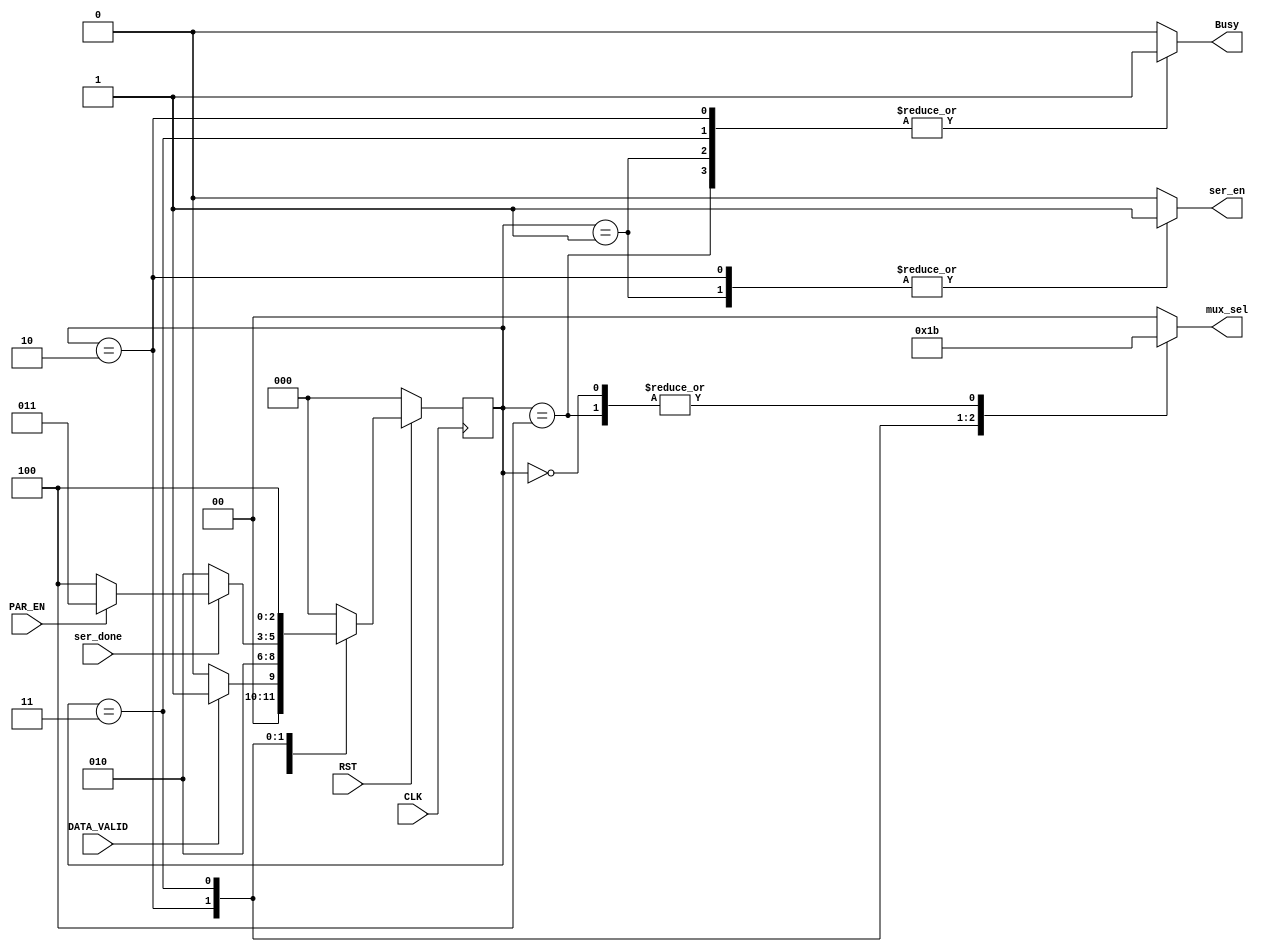
module fsm
//#(parameter data_width = 8)

(

 input		         DATA_VALID,
 input		         PAR_EN,
 input        	  ser_done,
 input        	  CLK,RST,
 output reg       ser_en,
 output reg [1:0] mux_sel,
 output reg       Busy        
);

localparam [2:0] 		IDLE   = 3'b000,
				        Start  = 3'b001,
				        Data   = 3'b010,
				        Parity = 3'b011,
				        Stop   = 3'b100;


reg        [2:0]       c_state,
                       n_state ;

//mux_sel values:
parameter Start_bit_OUT=2'b00, Data_bit_OUT=2'b01,Parity_bit_OUT=2'b10,Stop_bit_OUT=2'b11;

always @(posedge CLK) 
begin
	if (!RST) 
	begin
	  c_state<=IDLE;
    end
	else 
	begin
	  c_state<=n_state;	
	end
end


always @(*)
begin

 
 case(c_state)
  
   IDLE:begin
     Busy=1'b0;
          ser_en=1'b0;
    mux_sel=Stop_bit_OUT;
         if (DATA_VALID)
          n_state=Start;
         else 
          n_state=IDLE;  
        end

   Start:begin
          //output
          Busy=1'b1;
          ser_en=1'b1;
          mux_sel=Start_bit_OUT;
          
          //state
          n_state=Data;
         end
   

   Data:begin
         Busy=1'b1;
         ser_en=1'b1;
         mux_sel=Data_bit_OUT;

   		 if (ser_done)
   		 begin
          mux_sel = Data_bit_OUT;
          if (PAR_EN)
           n_state=Parity;
          else
           n_state=Stop;
         end
         else
           n_state=Data; 
        end

   Parity:begin
   		   Busy=1'b1;
           ser_en=1'b0;
   		   mux_sel=Parity_bit_OUT;

   		   n_state=Stop;
   		  end

   Stop: begin
          Busy=1'b1;
          ser_en=1'b0;
          mux_sel=Stop_bit_OUT;
         // if (DATA_VALID)
          //	n_state=Start;
          //else
          n_state=IDLE;
         end
   default:begin
            n_state=IDLE;
            mux_sel=Start_bit_OUT;
            ser_en=1'b0;
            Busy=1'b0;
           end
  
  endcase 
end

endmodule